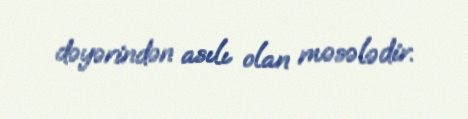
dəyərindən asılı olan məsələdir.